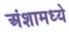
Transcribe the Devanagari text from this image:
अंशामध्ये